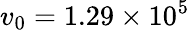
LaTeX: v_{0}=1.29\times 10^{5}